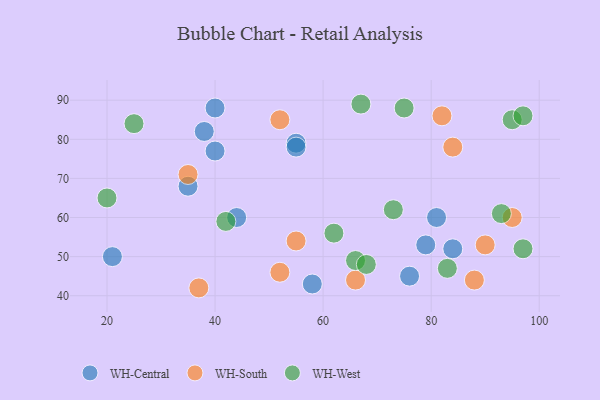
{"axis": {"x": "GDP", "y": "Life Expectancy"}, "legend": ["WH-Central", "WH-South", "WH-West"], "data": [{"x": "79", "y": 53, "type": "WH-Central"}, {"x": "55", "y": 79, "type": "WH-Central"}, {"x": "58", "y": 43, "type": "WH-Central"}, {"x": "44", "y": 60, "type": "WH-Central"}, {"x": "35", "y": 68, "type": "WH-Central"}, {"x": "84", "y": 52, "type": "WH-Central"}, {"x": "81", "y": 60, "type": "WH-Central"}, {"x": "55", "y": 78, "type": "WH-Central"}, {"x": "38", "y": 82, "type": "WH-Central"}, {"x": "40", "y": 77, "type": "WH-Central"}, {"x": "21", "y": 50, "type": "WH-Central"}, {"x": "40", "y": 88, "type": "WH-Central"}, {"x": "76", "y": 45, "type": "WH-Central"}, {"x": "66", "y": 44, "type": "WH-South"}, {"x": "52", "y": 46, "type": "WH-South"}, {"x": "84", "y": 78, "type": "WH-South"}, {"x": "88", "y": 44, "type": "WH-South"}, {"x": "37", "y": 42, "type": "WH-South"}, {"x": "95", "y": 60, "type": "WH-South"}, {"x": "35", "y": 71, "type": "WH-South"}, {"x": "55", "y": 54, "type": "WH-South"}, {"x": "82", "y": 86, "type": "WH-South"}, {"x": "90", "y": 53, "type": "WH-South"}, {"x": "52", "y": 85, "type": "WH-South"}, {"x": "73", "y": 62, "type": "WH-West"}, {"x": "66", "y": 49, "type": "WH-West"}, {"x": "62", "y": 56, "type": "WH-West"}, {"x": "75", "y": 88, "type": "WH-West"}, {"x": "93", "y": 61, "type": "WH-West"}, {"x": "20", "y": 65, "type": "WH-West"}, {"x": "25", "y": 84, "type": "WH-West"}, {"x": "68", "y": 48, "type": "WH-West"}, {"x": "67", "y": 89, "type": "WH-West"}, {"x": "83", "y": 47, "type": "WH-West"}, {"x": "42", "y": 59, "type": "WH-West"}, {"x": "97", "y": 52, "type": "WH-West"}, {"x": "95", "y": 85, "type": "WH-West"}, {"x": "97", "y": 86, "type": "WH-West"}]}